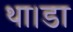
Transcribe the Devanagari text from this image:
था।डा